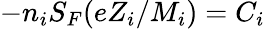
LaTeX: -n_{i}S_{F}(eZ_{i}/M_{i})=C_{i}